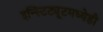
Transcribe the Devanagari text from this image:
इन्स्टिट्यूटमध्येही